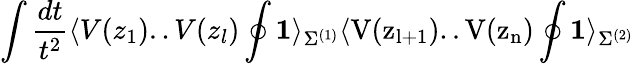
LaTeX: \int\frac{dt}{t^{2}}\langle V(z_{1})..V(z_{l})\oint\mathbf{1}\mathrm{\rangle_{\Sigma^{(1)}}\langle V(z_{l+1})..V(z_{n})\oint\mathbf{1}\mathrm{\rangle_{\Sigma^{(2)}}}}